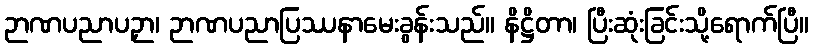
ဉာဏပညာပဉှာ၊ ဉာဏပညာပြဿနာမေးခွန်းသည်။ နိဋ္ဌိတာ၊ ပြီးဆုံးခြင်းသို့ရောက်ပြီ။